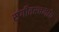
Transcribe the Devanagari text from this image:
संगीतरचनांत